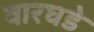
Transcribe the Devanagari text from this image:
वारघडे